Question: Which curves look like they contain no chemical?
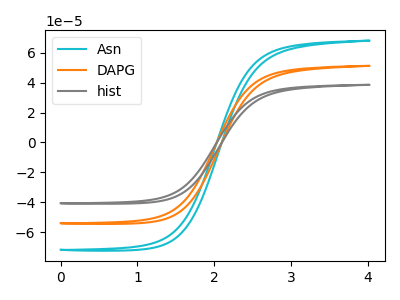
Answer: <think>The cyan curve "Asn" has no peaks. The orange curve "DAPG" has no peaks. The gray curve "hist" has no peaks.</think>
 <answer>"Asn", "DAPG" and "hist" are likely to be blanks.</answer>
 <eval>"Asn", "DAPG", "hist"</eval>